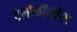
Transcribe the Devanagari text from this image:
टेलीकॉन्फ्रेंस